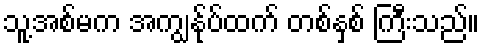
သူ့အစ်မက အကျွန်ုပ်ထက် တစ်နှစ် ကြီးသည်။